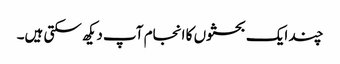
چند ایک بحثوں کا انجام آپ دیکھ سکتی ہیں۔